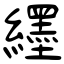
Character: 纆